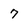
Character: 7